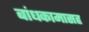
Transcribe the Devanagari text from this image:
बांधकामासह